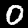
Digit: 0